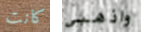
كانت واذهبي